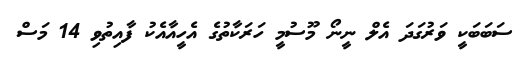
ސަބަބަކީ ވަރުގަދަ އެލް ނީނޯ މޫސުމީ ހަރަކާތުގެ އެހީއާއެކު ފާއިތުވި 14 މަސް